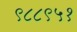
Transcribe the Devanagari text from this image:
९८८९५१